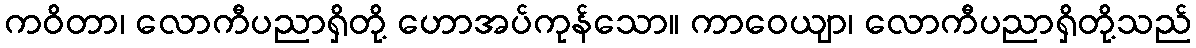
ကဝိတာ၊ လောကီပညာရှိတို့ ဟောအပ်ကုန်သော။ ကာဝေယျာ၊ လောကီပညာရှိတို့သည်